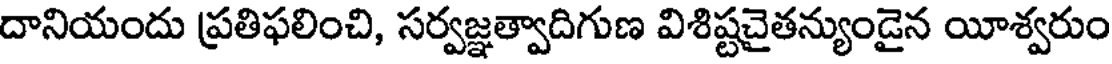
దానియందు ప్రతిఫలించి, సర్వజ్ఞత్వాదిగుణ విశిష్టచైతన్యుండైన యీశ్వరుం